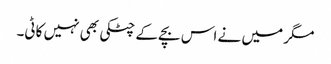
مگر میں نے اس بچے کے چٹکی بھی نہیں کاٹی۔